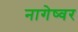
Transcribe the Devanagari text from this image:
नागेष्वर